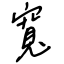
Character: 寬